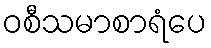
ဝစီသမာစာရံပေ